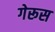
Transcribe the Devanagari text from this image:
गेरूस